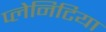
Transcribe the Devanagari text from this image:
प्लेनिटिया